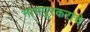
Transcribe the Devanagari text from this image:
नागपूरकरांचे